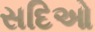
સદિઓ